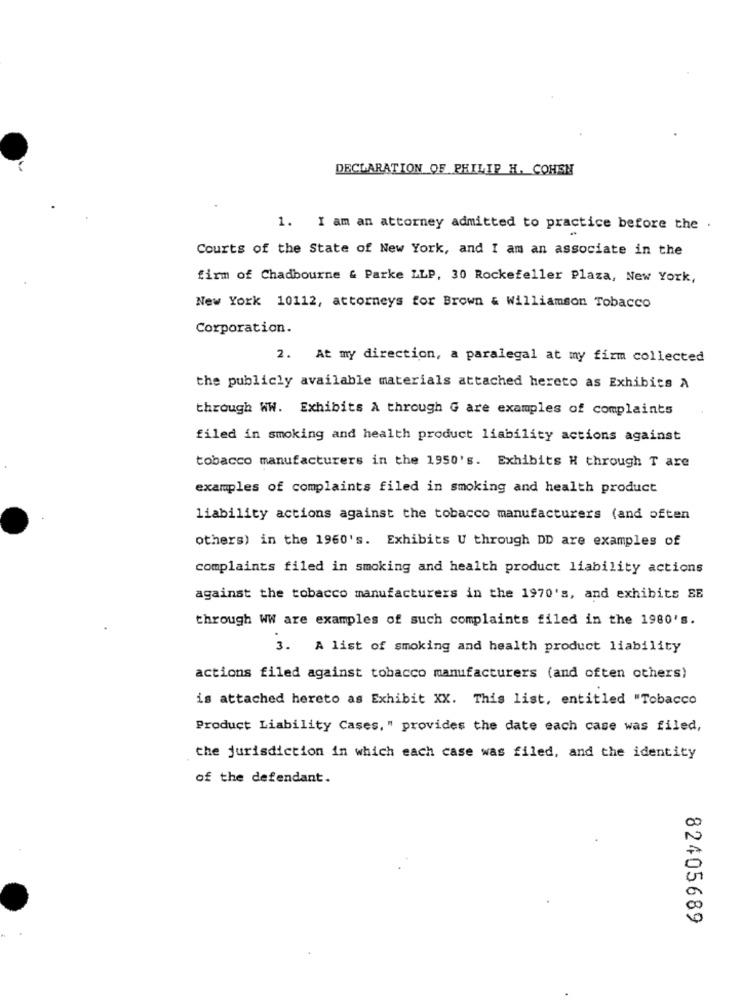
DECLARATION OF PHILIP H. COHEN
1. I am an attorney admitted to practice before the .
Courts of the State of New York, and I am an associate in the
firm of Chadbourne & Parke LLP, 30 Rockefeller Plaza, New York,
New York 10112, attorneys for Brown & Williamson Tobacco
Corporation.
2. At my direction, a paralegal at my fizm collected
the publicly available materials attached hereto as Exhibits A
through WW. Exhibits A through G are examples of complaints
filed in smoking and health product liability actions against
tobacco manufacturers in the 1950's. Exhibits H through T are
examples of complaints filed in smoking and health product
liability actions against the tobacco manufacturers (and often
others) in the 1960's. Exhibits U through DD are examples of
complaints filed in smoking and health product liability actions
against the tobacco manufacturers in the 1970's, and exhibits SE
through WW are examples of such complaints filed in the 1980's.
3. A list of smoking and health product liability
actions filed against tobacco manufacturers (and often others)
is attached hereto as Exhibit XX. This list, entitled "Tobacco
Product Liability Cases, " provides the date each case was filed,
the jurisdiction in which each case was filed, and the identity
of the defendant.
00
0
82405689